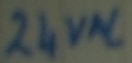
Text: 24VAC